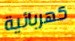
كهربائية